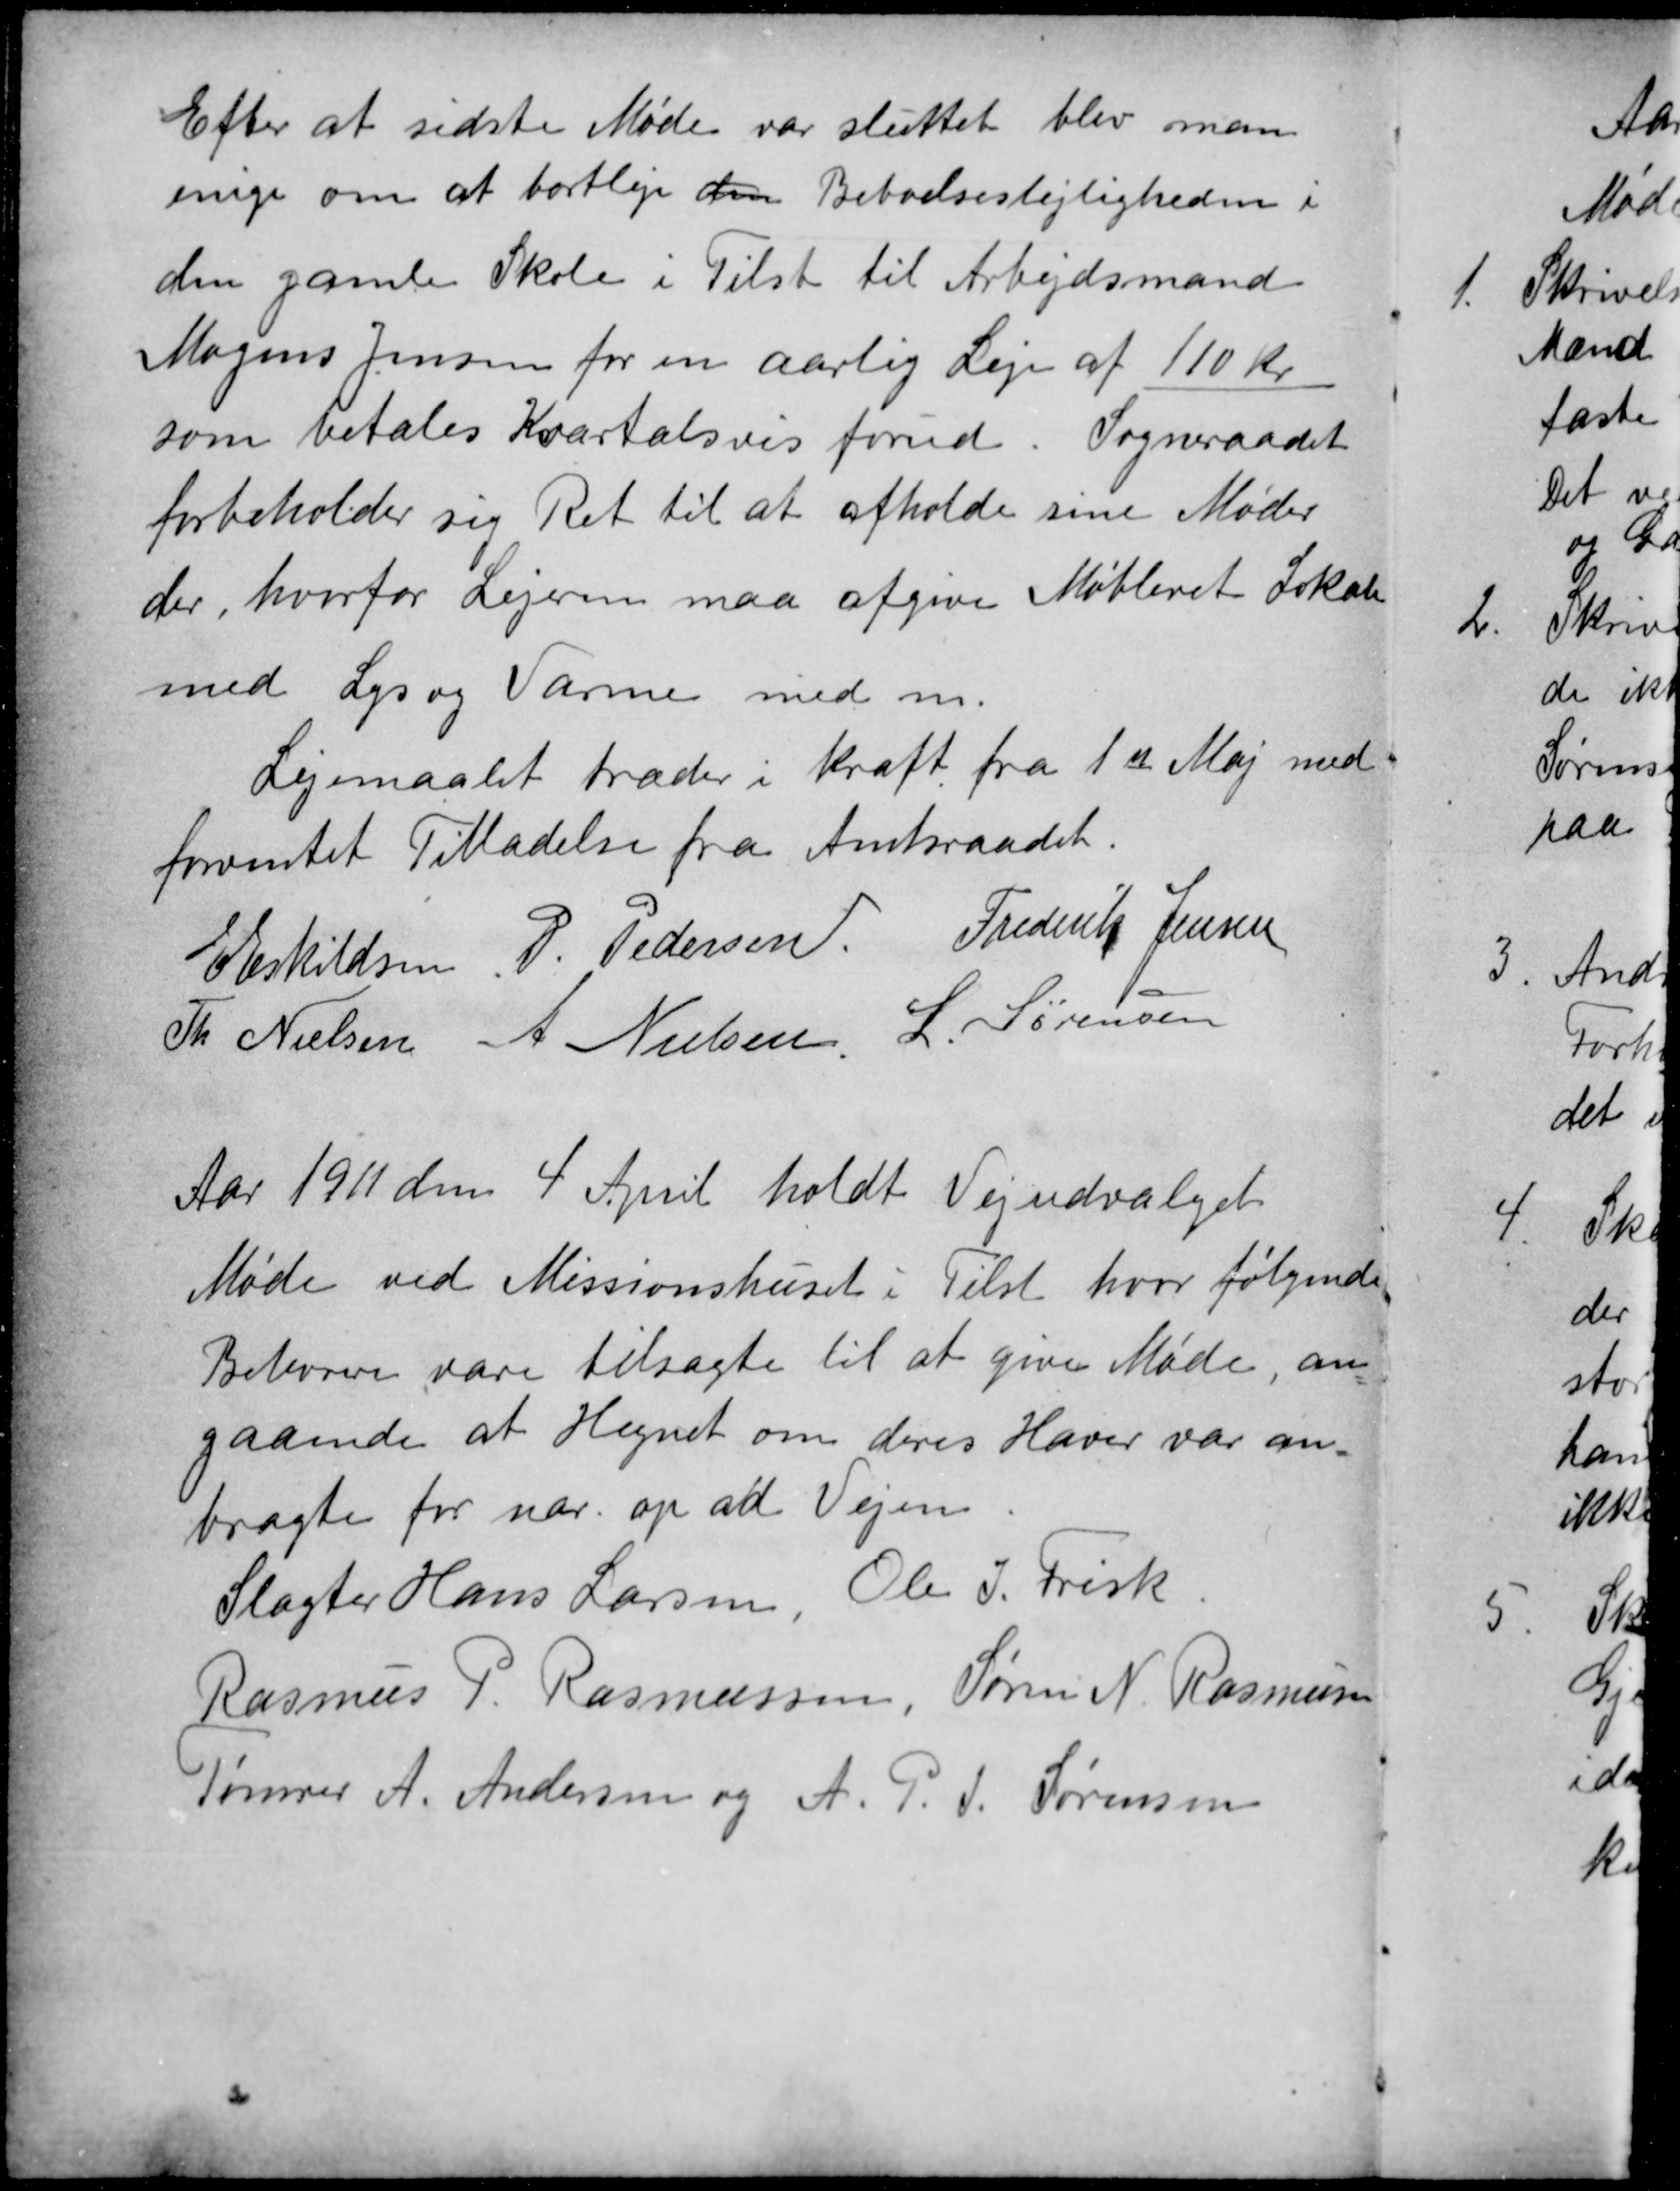
Transskription:
Efter at sidste Møde var sluttet blev man
enige om at bortleje den Beboelseslejligheden i
den gamle Skole i Tilst til Arbejdsmand
Mogens Jensen for en aarlig Leje af 110 Kr
som betales Kvartalsvis forud. Sogneraadet
forbeholder sig Ret til at afholde sine Møder
der, hvorfor Lejeren maa afgive Møbleret Lokale
med Lys og Varme med m.
Lejemaalet træder i Kraft fra 1ste Maj med
forventet Tilladelse fra Amtsraadet.
E Eskildsen
P. Pedersen
Frederik Jensen
Th Nielsen
A Nielsen
L. Sørensen
Aar 1911 den 4 April holdt Vejudvalget
Møde ved Missionshuset i Tilst hvor følgende
Beborere vare tilsagte til at give Møde, an-
gaaende at Hegnet om deres Haver var an-
bragte for nær. og ad Vejen
Slagter Hans Larsen, Ole J. Frisk
Rasmus P. Rasmussen, Søren N. Rasmussen
Tømrer A. Andersen og A. P. J. Sørensen